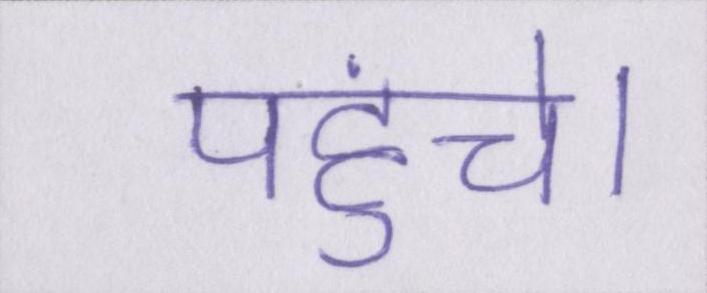
पहुंचे।